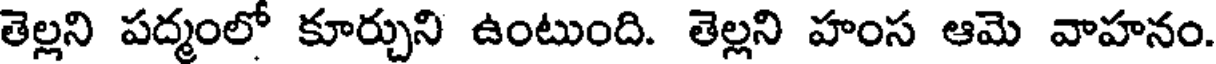
తెల్లని పద్మంలో కూర్చుని ఉంటుంది. తెల్లని హంస ఆమె వాహనం.